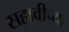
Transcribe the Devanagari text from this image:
सहावीच्या